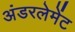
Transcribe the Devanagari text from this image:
अंडरलेमेंट